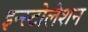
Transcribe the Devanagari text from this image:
इन्स्टोलेशन